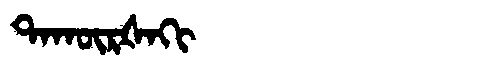
Manchu: ᡨᠠᡴᡡᡵᡧᠠᡴᡳ
Romanization: TAKŪRŠAKI